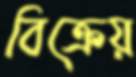
বিক্রেয়